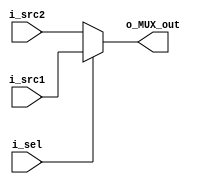
module MUX #(parameter LENGTH = 'd16)
(
    input [LENGTH-1:0] i_src1, i_src2,
    input i_sel,
    output [LENGTH-1:0] o_MUX_out
);

assign o_MUX_out = (i_sel == 1)? i_src1 : i_src2;

endmodule